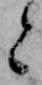
と